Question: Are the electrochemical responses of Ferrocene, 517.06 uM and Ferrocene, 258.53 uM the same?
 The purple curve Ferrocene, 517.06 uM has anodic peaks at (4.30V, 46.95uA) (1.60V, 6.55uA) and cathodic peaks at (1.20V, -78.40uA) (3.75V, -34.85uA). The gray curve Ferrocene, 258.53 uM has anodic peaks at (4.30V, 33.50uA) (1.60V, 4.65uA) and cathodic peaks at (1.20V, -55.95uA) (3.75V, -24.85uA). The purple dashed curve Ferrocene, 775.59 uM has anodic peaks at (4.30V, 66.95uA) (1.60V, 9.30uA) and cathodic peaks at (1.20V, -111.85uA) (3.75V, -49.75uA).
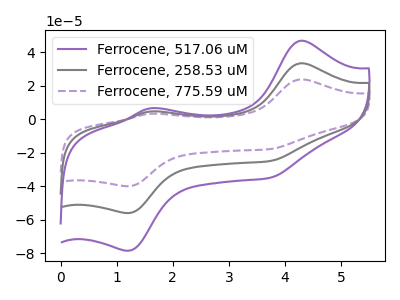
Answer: <think>All the peaks in "Ferrocene, 517.06 uM" have a peak in "Ferrocene, 258.53 uM" at the same potential. Every peak in "Ferrocene, 517.06 uM" is higher than every peak in "Ferrocene, 258.53 uM".
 </think>
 <answer>"Ferrocene, 517.06 uM" and "Ferrocene, 258.53 uM" are similar in shape.</answer>
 <eval>same_shape</eval>